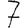
Digit: 7